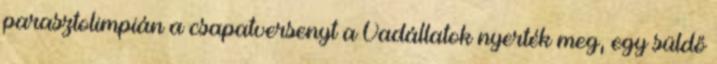
parasztolimpián a csapatversenyt a Vadállatok nyerték meg, egy süldő